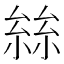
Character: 𡮟